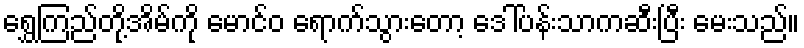
ရွှေကြည်တို့အိမ်ကို မောင်ဝ ရောက်သွားတော့ ဒေါ်ပန်းသာကဆီးပြီး မေးသည်။